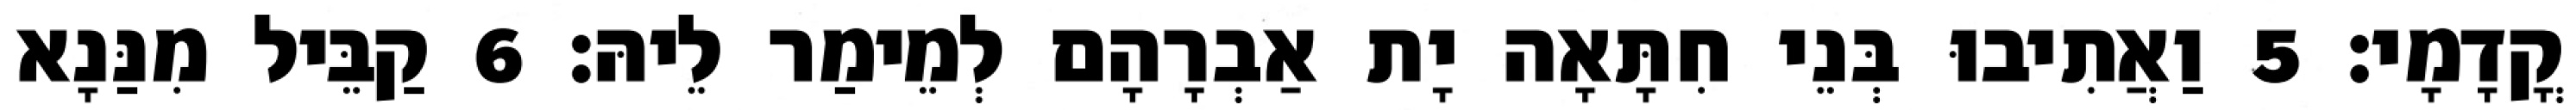
קֳדָמָי׃ 5 וַאֲתִיבוּ בְּנֵי חִתָּאָה יָת אַבְרָהָם לְמֵימַר לֵיהּ׃ 6 קַבֵּיל מִנַּנָא